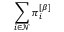
\sum _ { i \in \mathcal { N } } \pi _ { i } ^ { \left[ \beta \right] }